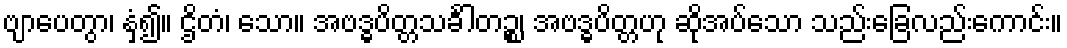
ဗျာပေတွာ၊ နှံ့၍။ ဌိတံ၊ သော။ အဗဒ္ဓပိတ္တသင်္ခါတဉ္စ၊ အဗဒ္ဓပိတ္တဟု ဆိုအပ်သော သည်းခြေလည်းကောင်း။